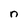
Character: n